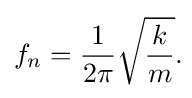
f_{n}={1 \over {2\pi }}{\sqrt {k \over m}}.\!